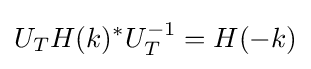
U_{T}H(k)^{*}U_{T}^{-1}=H(-k)